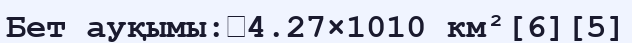
Бет ауқымы:	4.27×1010 км²[6][5]